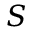
S